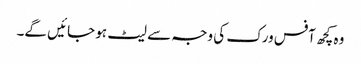
وہ کچھ آفس ورک کی وجہ سے لیٹ ہو جائیں گے۔